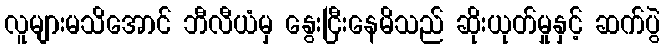
လူများမသိအောင် ဘီလီယံမှ နွေးငြီးနေမိသည် ဆိုးယုတ်မှုနှင့် ဆက်ပွဲ